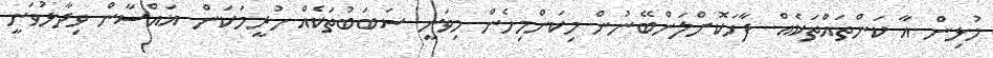
މުޅިން އާ ކަންތައްތަކެއް. ފާހަކޮށްލަންބޭނުން މިކަންމިހެން މިވަނީ ސަބަބުތަކެއް ހުރީމަކަން. ޣައްސާން ވިދާޅުވަނީ